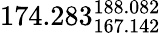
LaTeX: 174.283_{167.142}^{188.082}